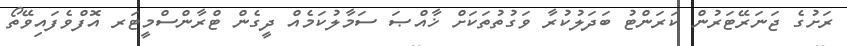
ރަށުގެ ޖަނަރޭޓަރުން ކަރަންޓު ބަދަލުކުރާ ވަގުތުތަކަށް ޚާއްޞަ ސަމާލުކަމެއް ދީގެން ޓްރާންސްމީޓަރ އޮފްވެފައިވޭތޯ